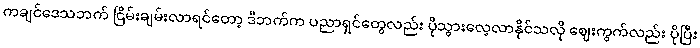
ကချင်ဒေသဘက် ငြိမ်းချမ်းလာရင်တော့ ဒီဘက်က ပညာရှင်တွေလည်း ပိုသွားလေ့လာနိုင်သလို ဈေးကွက်လည်း ပိုပြီး